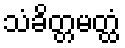
သံခိတ္တမတ္ထံ